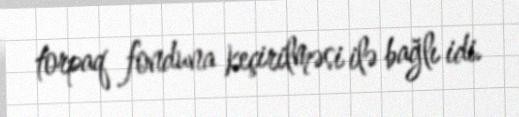
torpaq fonduna keçirilməsi ilə bağlı idi.